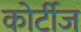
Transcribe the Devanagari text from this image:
कोर्टीज